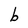
Character: b